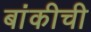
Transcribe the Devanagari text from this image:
बांकीची